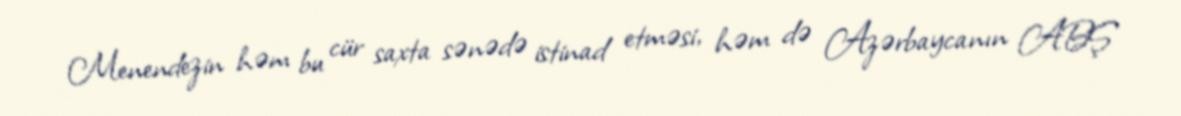
Menendezin həm bu cür saxta sənədə istinad etməsi, həm də Azərbaycanın ABŞ